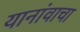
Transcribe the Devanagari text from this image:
यानांवाचा